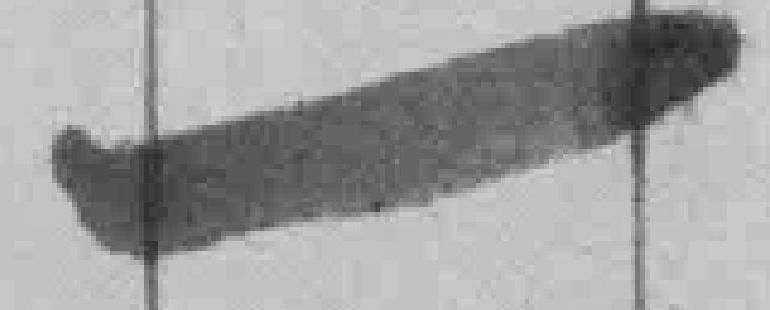
一